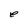
Character: e